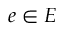
e \in E